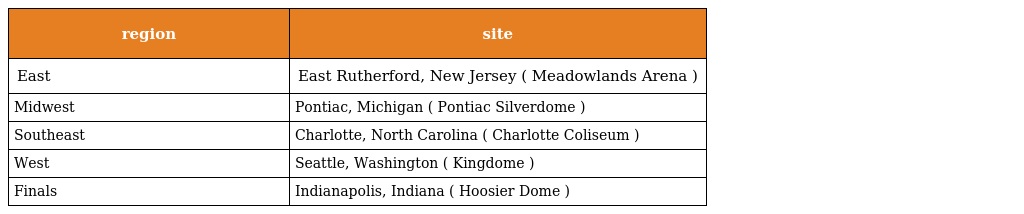
| region | site |
 | --- | --- |
 | East | East Rutherford, New Jersey ( Meadowlands Arena ) |
 | Midwest | Pontiac, Michigan ( Pontiac Silverdome ) |
 | Southeast | Charlotte, North Carolina ( Charlotte Coliseum ) |
 | West | Seattle, Washington ( Kingdome ) |
 | Finals | Indianapolis, Indiana ( Hoosier Dome ) |